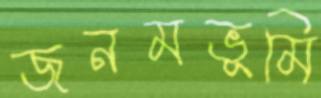
জনমভূমি